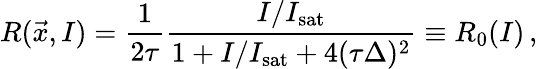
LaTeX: R(\vec{x},I)=\frac{1}{2\tau}\frac{I/I_{\mathrm{sat}}}{1+I/I_{\mathrm{sat}}+4(\tau\Delta)^{2}}\equiv R_{0}(I)\, ,